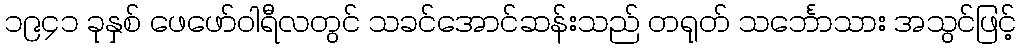
၁၉၄၁ ခုနှစ် ဖေဖော်ဝါရီလတွင် သခင်အောင်ဆန်းသည် တရုတ် သင်္ဘောသား အသွင်ဖြင့်